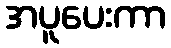
အပူပေးကာ